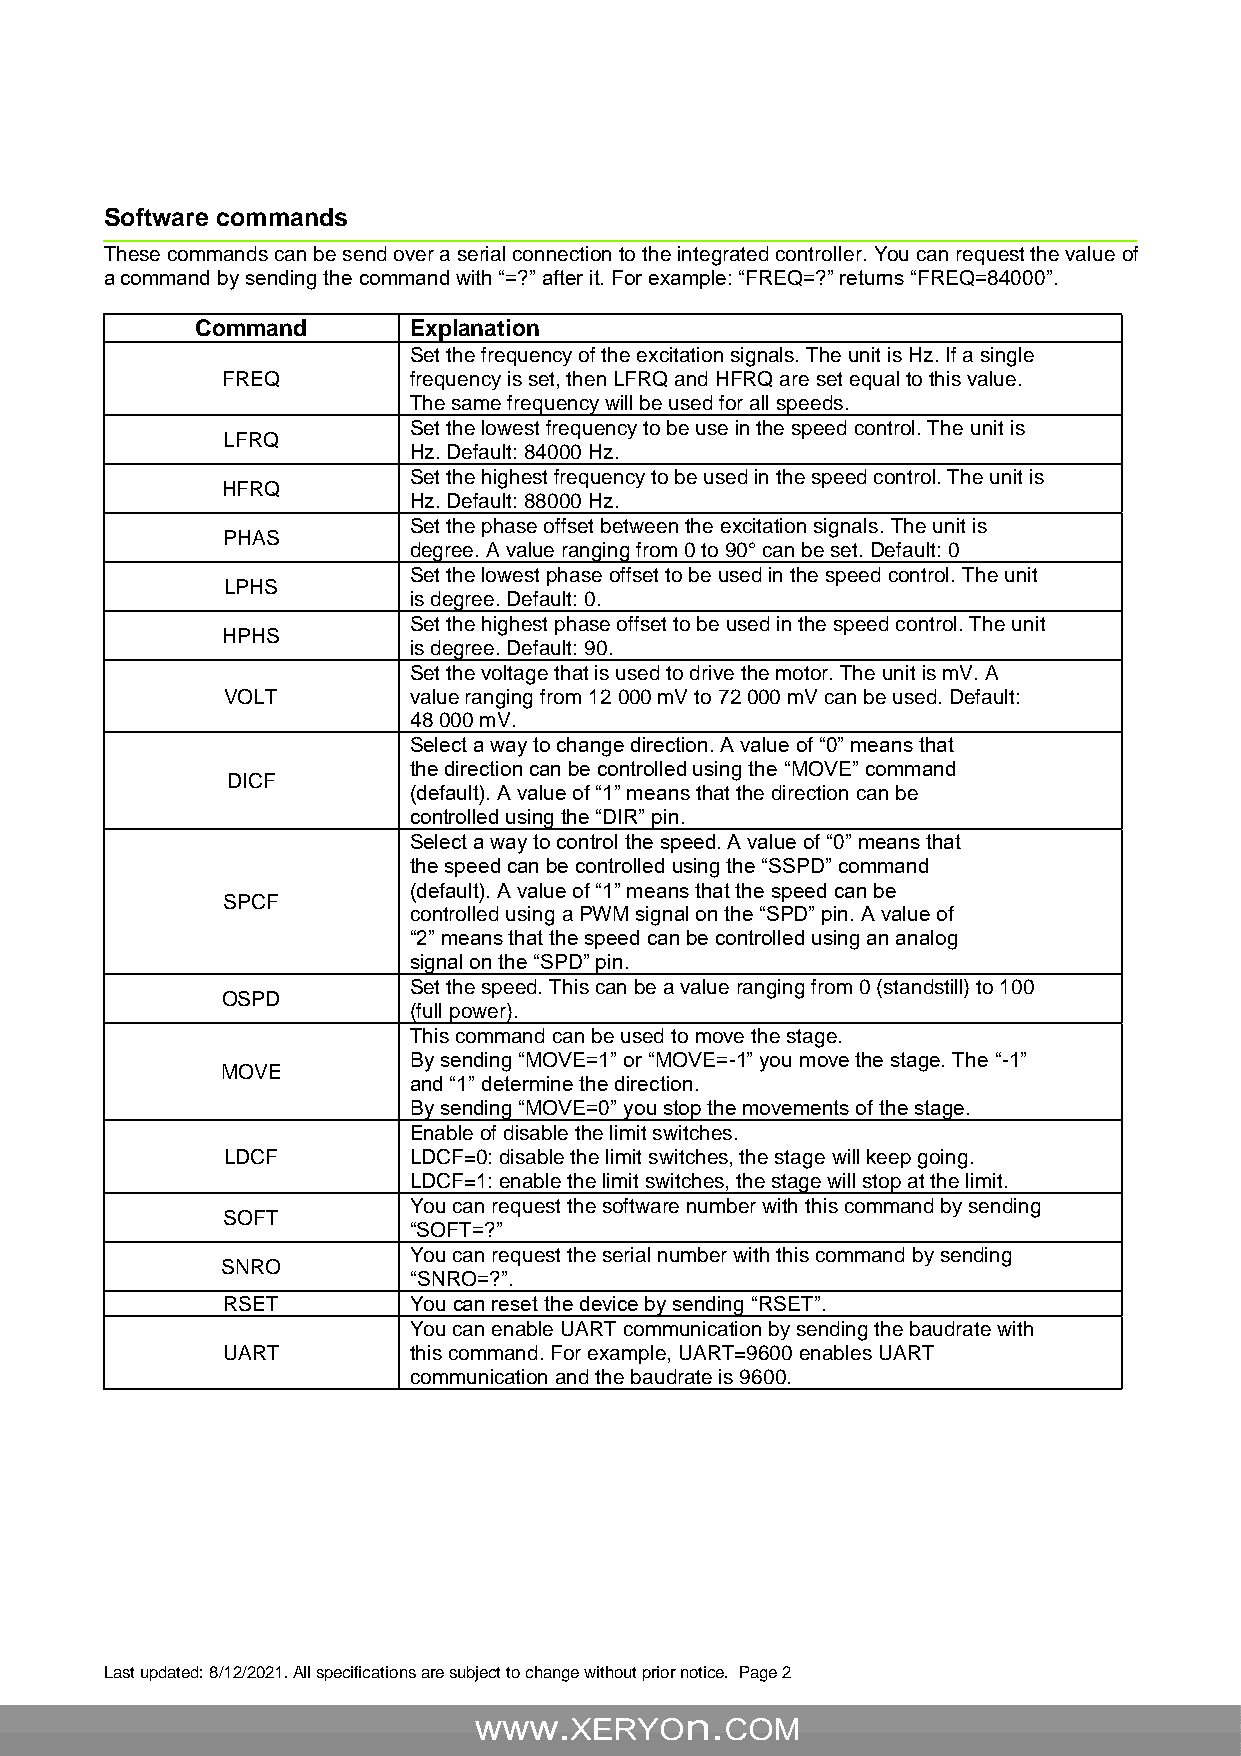
Software commands
 These commands can be send over a serial connection to the integrated controller. You can request the value of
 a command by sending the command with “=?” after it. For example: “FREQ=?” returns “FREQ=84000”.
 Command       Explanation
 Set the frequency of the excitation signals. The unit is Hz. If a single
 FREQ        frequency is set, then LFRQ and HFRQ are set equal to this value.
 The same frequency will be used for all speeds.
 Set the lowest frequency to be use in the speed control. The unit is
 LFRQ
 Hz. Default: 84000 Hz.
 Set the highest frequency to be used in the speed control. The unit is
 HFRQ
 Hz. Default: 88000 Hz.
 Set the phase offset between the excitation signals. The unit is
 PHAS
 degree. A value ranging from 0 to 90° can be set. Default: 0
 Set the lowest phase offset to be used in the speed control. The unit
 LPHS
 is degree. Default: 0.
 Set the highest phase offset to be used in the speed control. The unit
 HPHS
 is degree. Default: 90.
 Set the voltage that is used to drive the motor. The unit is mV. A
 VOLT        value ranging from 12 000 mV to 72 000 mV can be used. Default:
 48 000 mV.
 Select a way to change direction. A value of “0” means that
 the direction can be controlled using the “MOVE” command
 DICF
 (default). A value of “1” means that the direction can be
 controlled using the “DIR” pin.
 Select a way to control the speed. A value of “0” means that
 the speed can be controlled using the “SSPD” command
 (default). A value of “1” means that the speed can be
 SPCF
 controlled using a PWM signal on the “SPD” pin. A value of
 “2” means that the speed can be controlled using an analog
 signal on the “SPD” pin.
 Set the speed. This can be a value ranging from 0 (standstill) to 100
 OSPD
 (full power).
 This command can be used to move the stage.
 By sending “MOVE=1” or “MOVE=-1” you move the stage. The “-1”
 MOVE
 and “1” determine the direction.
 By sending “MOVE=0” you stop the movements of the stage.
 Enable of disable the limit switches.
 LDCF        LDCF=0: disable the limit switches, the stage will keep going.
 LDCF=1: enable the limit switches, the stage will stop at the limit.
 You can request the software number with this command by sending
 SOFT
 “SOFT=?”
 You can request the serial number with this command by sending
 SNRO
 “SNRO=?”.
 RSET        You can reset the device by sending “RSET”.
 You can enable UART communication by sending the baudrate with
 UART        this command. For example, UART=9600 enables UART
 communication and the baudrate is 9600.
 Last updated: 8/12/2021. All specifications are subject to change without prior notice. Page 2